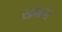
સમગ